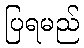
ပြရမည်